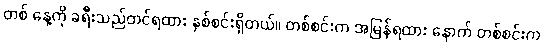
တစ် နေ့ကို ခရီးသည်တင်ရထား နှစ်စင်းရှိတယ်။ တစ်စင်းက အမြန်ရထား နောက် တစ်စင်းက